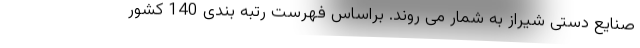
صنایع دستی شیراز به شمار می روند. براساس فهرست رتبه بندی 140 کشور